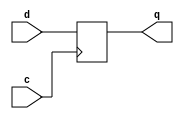
module df32(q,d,c);
output [31:0]q;
 input [31:0]d;
 input c;
 reg [31:0]q;
   

	   always @ (posedge c)
	   begin 
		 q<=d;
	   end
endmodule